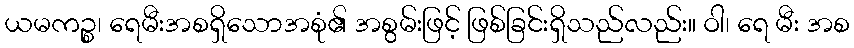
ယမကဉ္စ၊ ရေမီးအစရှိသောအစုံ၏ အစွမ်းဖြင့် ဖြစ်ခြင်းရှိသည်လည်း။ ဝါ၊ ရေ မီး အစ